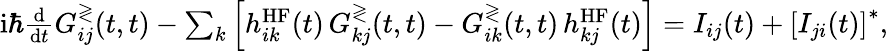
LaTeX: \begin{array}{r}{\mathrm{i}\hbar\frac{\mathrm{d}}{\mathrm{d}t}G_{ij}^{\gtrless}(t,t)-\sum_{k}\left[h_{ik}^{\mathrm{HF}}(t)\, G_{kj}^{\gtrless}(t,t)-G_{ik}^{\gtrless}(t,t)\, h_{kj}^{\mathrm{HF}}(t)\right]=I_{ij}(t)+\left[I_{ji}(t)\right]^{*},}\end{array}